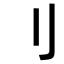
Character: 刂